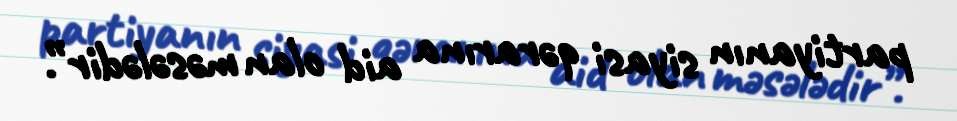
partiyanın siyasi qərarına aid olan məsələdir”.